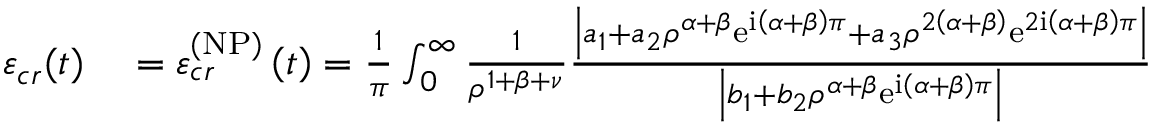
\begin{array} { r l } { \varepsilon _ { c r } ( t ) } & { { } = \varepsilon _ { c r } ^ { \left( \mathrm { N P } \right) } \left( t \right) = \frac { 1 } { \pi } \int _ { 0 } ^ { \infty } \frac { 1 } { \rho ^ { 1 + \beta + \nu } } \frac { \left\vert a _ { 1 } + a _ { 2 } \rho ^ { \alpha + \beta } \mathrm { e } ^ { \mathrm { i } \left( \alpha + \beta \right) \pi } + a _ { 3 } \rho ^ { 2 \left( \alpha + \beta \right) } \mathrm { e } ^ { 2 \mathrm { i } \left( \alpha + \beta \right) \pi } \right\vert } { \left\vert b _ { 1 } + b _ { 2 } \rho ^ { \alpha + \beta } \mathrm { e } ^ { \mathrm { i } \left( \alpha + \beta \right) \pi } \right\vert } } \end{array}